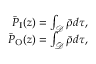
\begin{array} { r } { \bar { P } _ { \mathrm { I } } ( z ) = \int _ { \mathcal D } \bar { \rho } d \tau , } \\ { \bar { P } _ { \mathrm { O } } ( z ) = \int _ { \bar { \mathcal D } } \bar { \rho } d \tau , } \end{array}